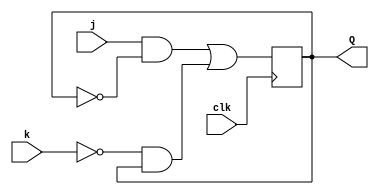
module top_module (
    input clk,
    input j,
    input k,
    output reg Q);
    always@(posedge clk)
        begin
            Q<=(j&(~Q)) | ((~k)&Q);
        end
endmodule